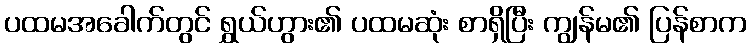
ပထမအခေါက်တွင် ရွှယ်ဟွား၏ ပထမဆုံး စာရှိပြီး ကျွန်မ၏ ပြန်စာက